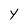
Character: Y